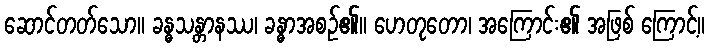
ဆောင်တတ်သော။ ခန္ဓသန္တာနဿ၊ ခန္ဓာအစဉ်၏။ ဟေတုတော၊ အကြောင်း၏ အဖြစ် ကြောင့်။